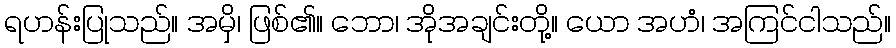
ရဟန်းပြုသည်။ အမှိ၊ ဖြစ်၏။ ဘော၊ အိုအချင်းတို့။ ယော အဟံ၊ အကြင်ငါသည်။